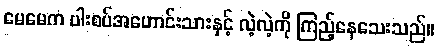
မေမေက ပါးစပ်အဟောင်းသားနှင့် လဲ့လဲ့ကို ကြည့်နေသေးသည်။